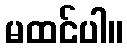
မထင်ပါ။